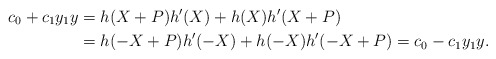
\begin{align*} c_{0} + c_{1}y_{1}y & = h(X+P)h'(X)+h(X)h'(X+P) \\ & = h(-X+P)h'(-X)+h(-X)h'(-X+P)= c_{0} -c_{1}y_{1}y. \end{align*}